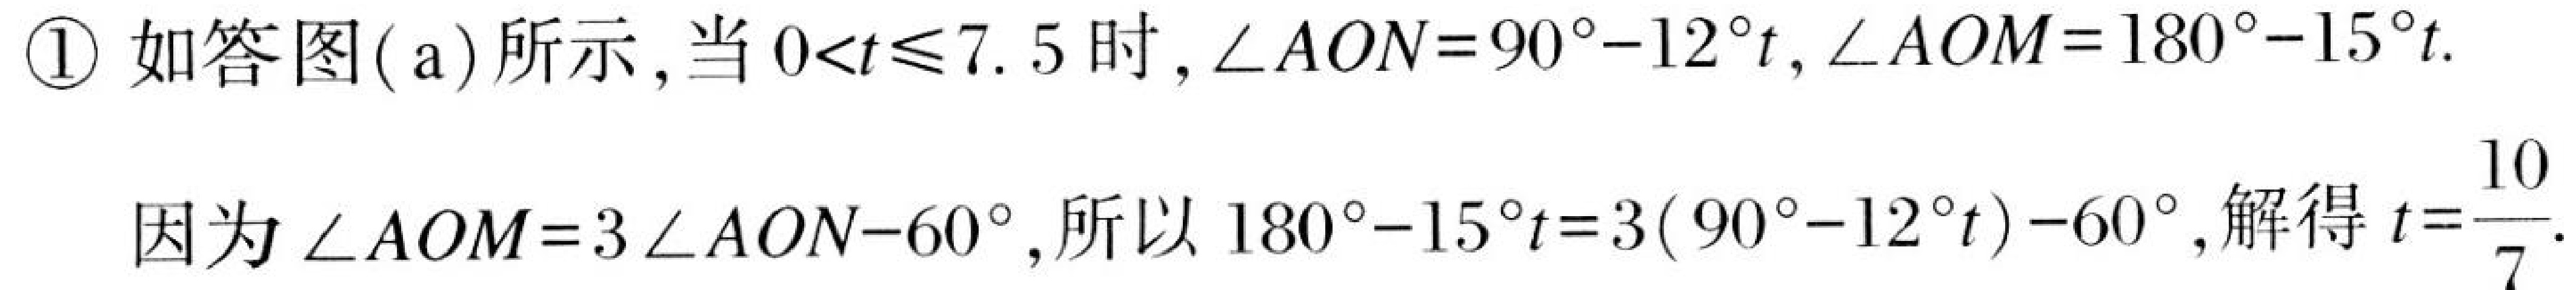
\textcircled{1} 如答图( a)所示, 当 \(0<t\leqslant7.5\) 时, \(\angle AON = 90^{\circ}-12^{\circ}t,\angle AOM = 180^{\circ}-15^{\circ}t\).
因为 \(\angle AOM = 3\angle AON - 60^{\circ}\), 所以 \(180^{\circ}-15^{\circ}t=3(90^{\circ}-12^{\circ}t)-60^{\circ}\), 解得 \(t = \frac{10}{7}\).